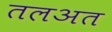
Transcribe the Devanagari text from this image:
तलअत